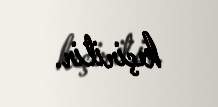
keçirilir.